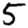
Digit: 5